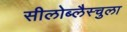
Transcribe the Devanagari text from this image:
सीलोब्लैस्चुला